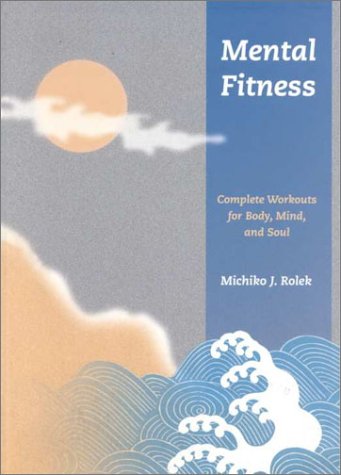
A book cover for Mental Fitness: Complete Workouts For Body, Mind, And Soul; Michiko J. Rolek; Health, Fitness & Dieting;